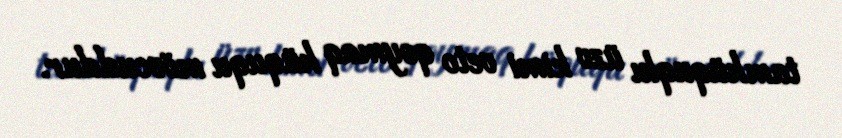
tamhüquqlu üzv kimi veto qoymaq hüququ mövcuddur.